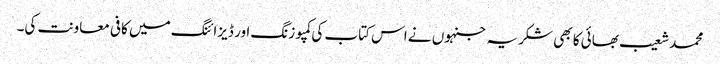
محمد شعیب بھائی کا بھی شکریہ جنہوں نے اس کتاب کی کمپوزنگ اور ڈیزائنگ میں کافی معاونت کی۔